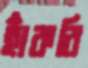
হাঁকবি